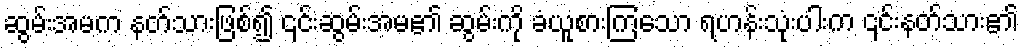
ဆွမ်းအမက နတ်သားဖြစ်၍ ၎င်းဆွမ်းအမ၏ ဆွမ်းကို ခံယူစားကြသော ရဟန်းသုံးပါးက ၎င်းနတ်သား၏